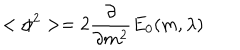
< \phi ^ { 2 } > = 2 \frac { \partial } { \partial m ^ { 2 } } E _ { 0 } ( m , \lambda )